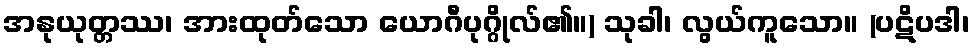
အနုယုတ္တဿ၊ အားထုတ်သော ယောဂီပုဂ္ဂိုလ်၏။) သုခါ၊ လွယ်ကူသော။ (ပဋိပဒါ၊